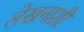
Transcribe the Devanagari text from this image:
लेखनाशी